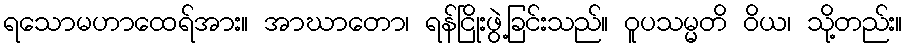
ရသောမဟာထေရ်အား။ အာဃာတော၊ ရန်ငြိုးဖွဲ့ခြင်းသည်။ ဝူပသမ္မတိ ဝိယ၊ သို့တည်း။